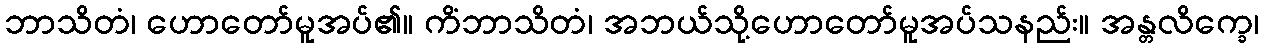
ဘာသိတံ၊ ဟောတော်မူအပ်၏။ ကိံဘာသိတံ၊ အဘယ်သို့ဟောတော်မူအပ်သနည်း။ အန္တလိက္ခေ၊